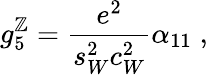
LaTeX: g_{5}^{\mathbb{Z}}=\frac{{e^{2}}}{{s_{W}^{2}c_{W}^{2}}}\alpha_{11}\; ,